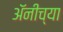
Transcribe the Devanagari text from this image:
अॅनीच्या